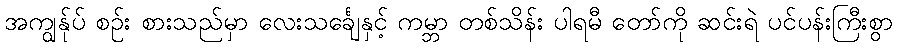
အကျွန်ုပ် စဉ်း စားသည်မှာ လေးသင်္ချေနှင့် ကမ္ဘာ တစ်သိန်း ပါရမီ တော်ကို ဆင်းရဲ ပင်ပန်းကြီးစွာ